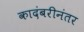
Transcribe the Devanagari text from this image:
कादंबरीनंतर